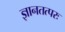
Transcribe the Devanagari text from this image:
ज्ञानतत्परः